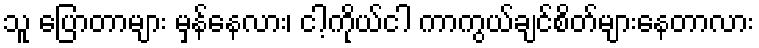
သူ ပြောတာများ မှန်နေလား၊ ငါ့ကိုယ်ငါ ကာကွယ်ချင်စိတ်များနေတာလား